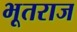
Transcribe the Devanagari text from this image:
भूतराज